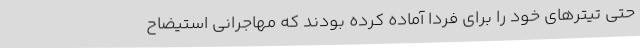
حتی تیترهای خود را برای فردا آماده کرده بودند که مهاجرانی استیضاح